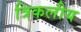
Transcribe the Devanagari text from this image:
त्रिकलीय